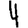
Digit: 4